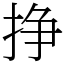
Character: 挣